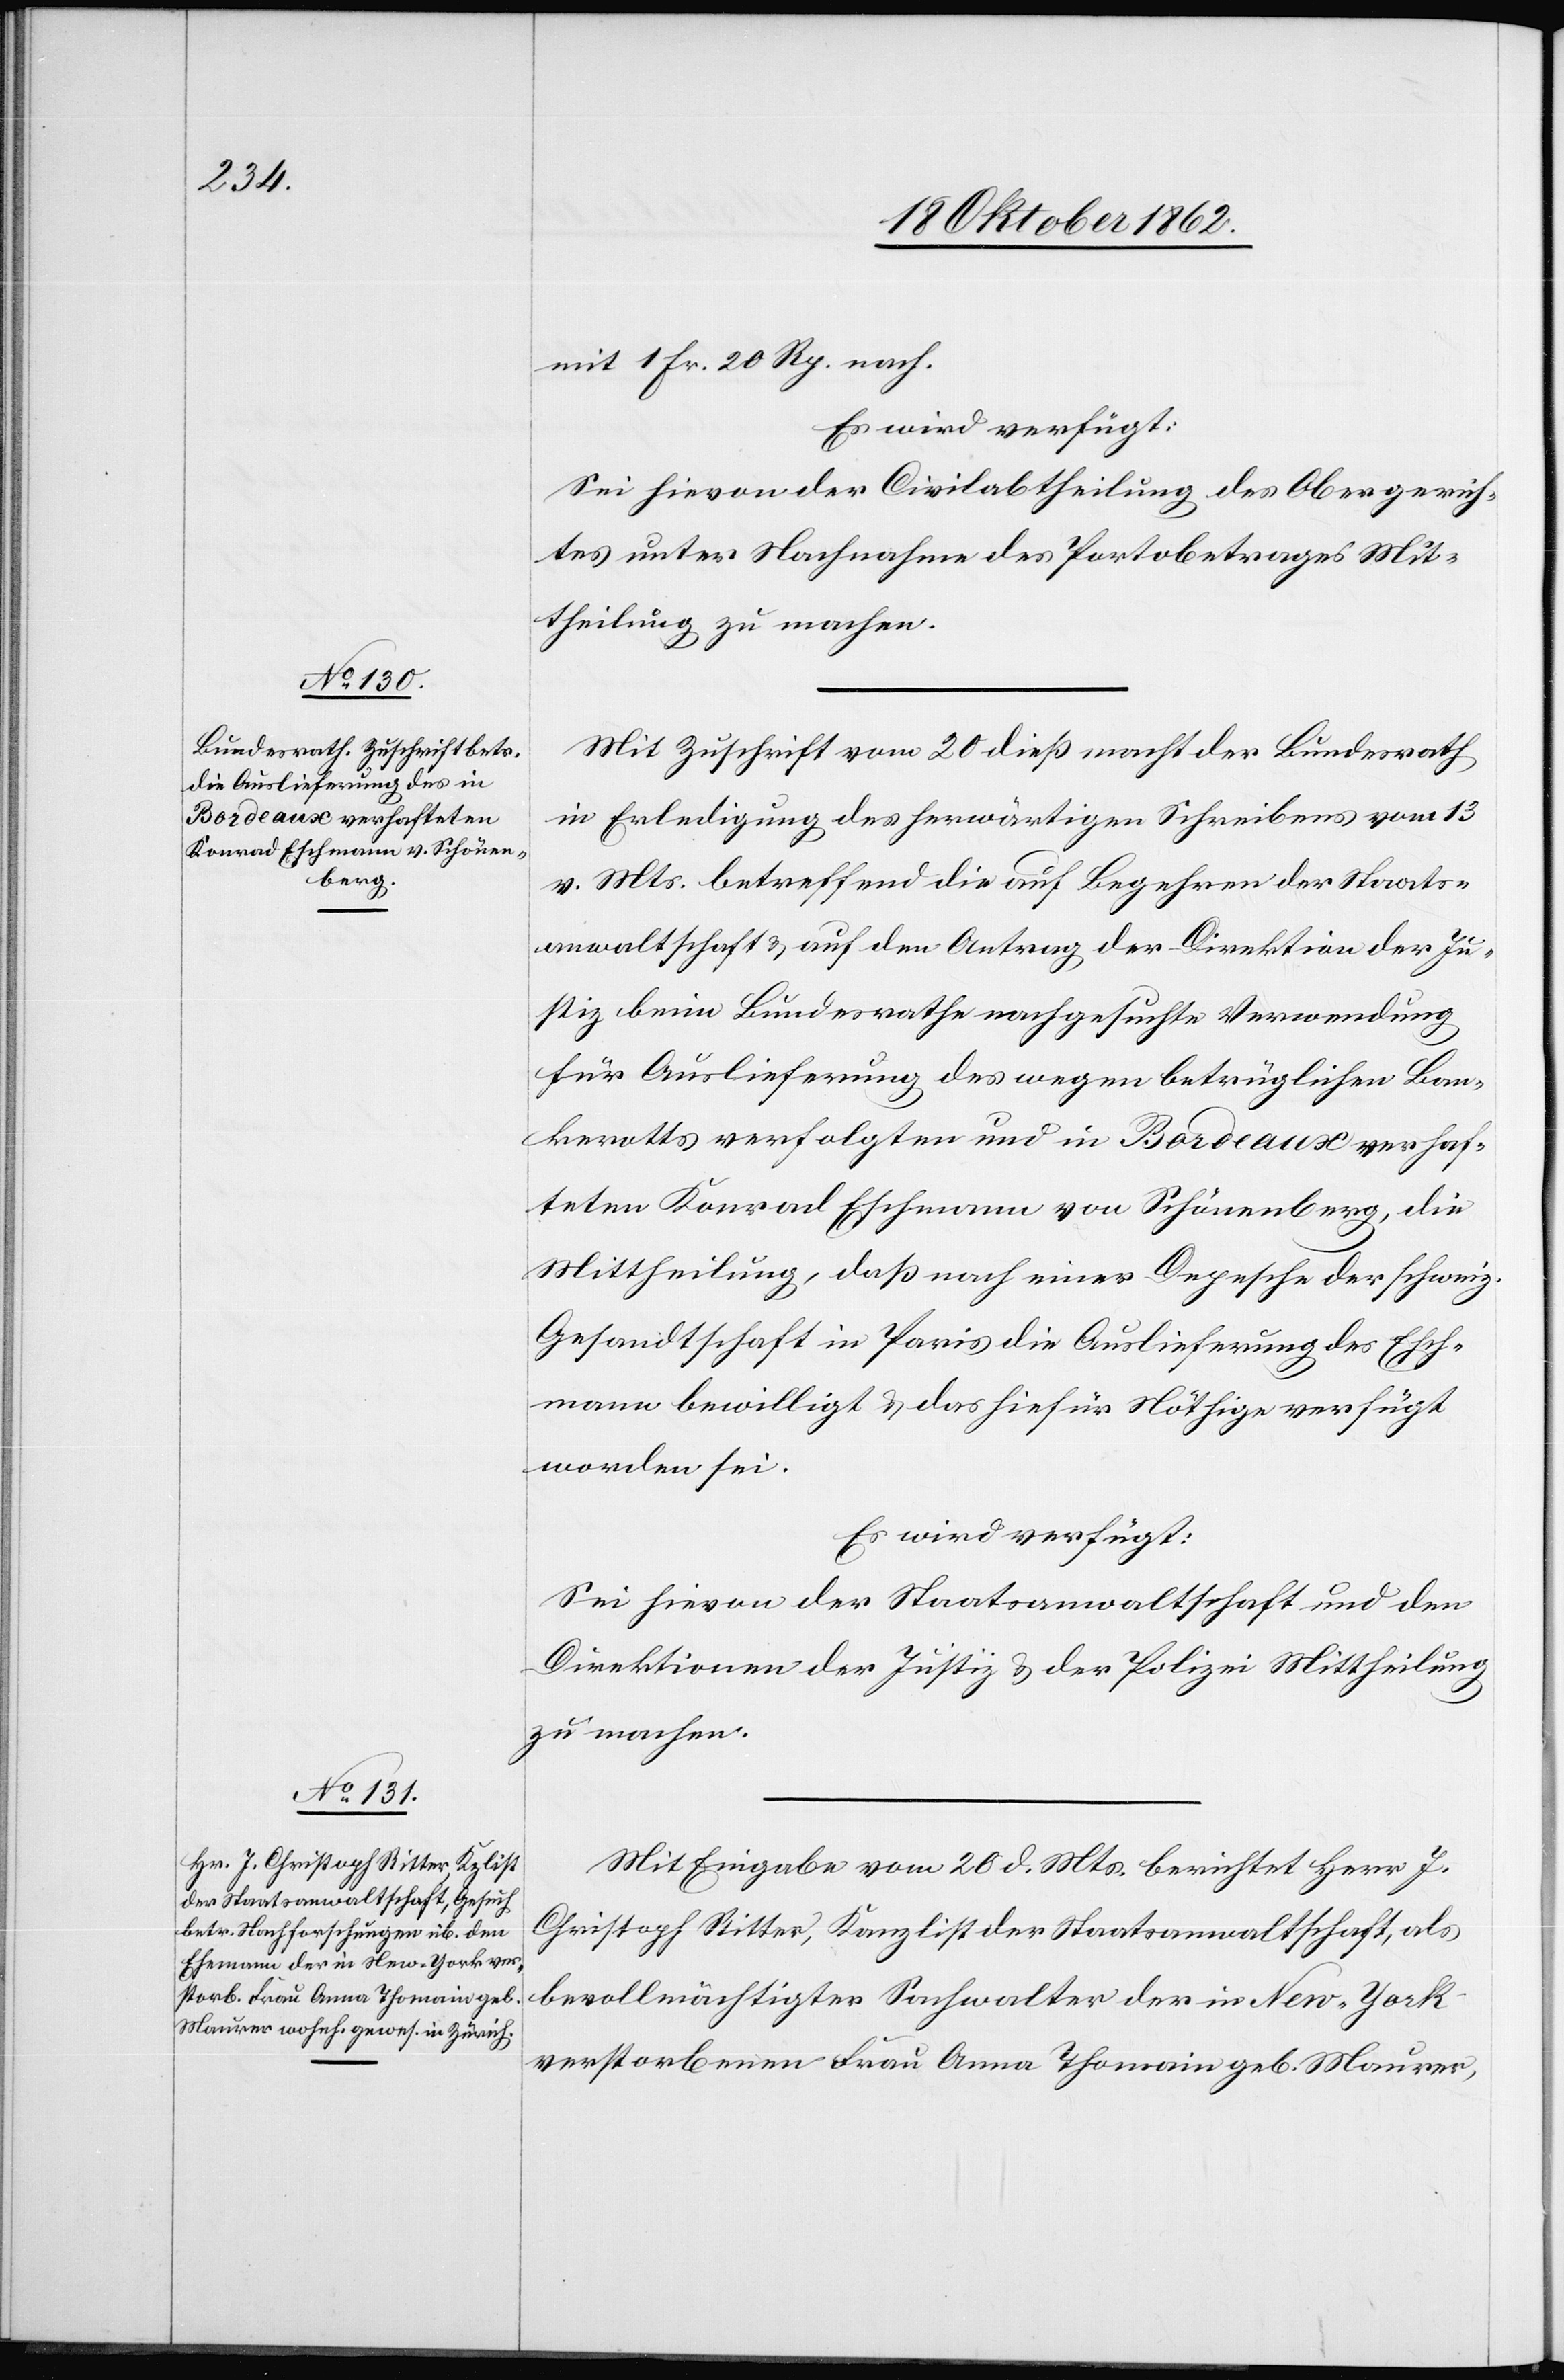
22. Oktober 1862.]
mit 1 fr. 20 Rp. nach.
Es wird verfügt:
Sei hievon der Civilabtheilung des Obergerich¬
tes unter Nachnahme des Portobetrages Mit¬
theilung zu machen.
Mit Zuschrift vom 20. dieß macht der Bundesrath
in Erledigung des herwärtigen Schreibens vom 13.
v. Mts. betreffend die auf Begehren der Staats¬
anwaltschaft u. auf den Antrag der Direktion der Ju¬
stiz beim Bundesrathe nachgesuchte Verwendung
für Auslieferung des wegen betrüglichen Ban¬
kerotts verfolgten und in Bordeaux verhaf¬
teten Konrad Eschmann von Schönenberg, die
Mittheilung, daß nach einer Depesche der schweiz.
Gesandtschaft in Paris die Auslieferung des Esch¬
mann bewilligt u. das hiefür Nöthige verfügt
worden sei.
Es wird verfügt:
Sei hievon der Staatsanwaltschaft und den
Direktionen der Justiz u. der Polizei Mittheilung
zu machen.
Mit Eingabe vom 28. d. Mts. berichtet Herr J.
Christoph Ritter, Kanzlist der Staatsanwaltschaft, als
bevollmächtigter Sachwalter der in New-York
verstorbenen Frau Anna Thomain geb. Maurer,